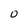
Character: 0